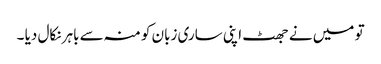
تو میں نے جھٹ اپنی ساری زبان کو منہ سے باہر نکال دیا ۔